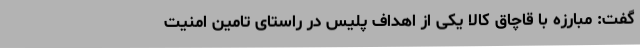
گفت: مبارزه با قاچاق کالا یکی از اهداف پلیس در راستای تامین امنیت